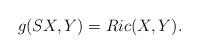
LaTeX: \begin{align*}g(SX,Y)=Ric(X,Y).\end{align*}